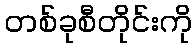
တစ်ခုစီတိုင်းကို